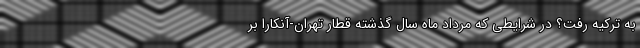
به ترکیه رفت؟ در شرایطی که مرداد ماه سال گذشته قطار تهران-آنکارا بر